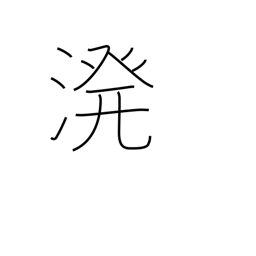
Meaning: sprinkle